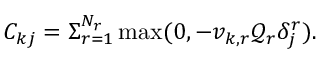
C _ { k j } = \Sigma _ { r = 1 } ^ { N _ { r } } \operatorname* { m a x } ( 0 , - v _ { k , r } \mathcal { Q } _ { r } \delta _ { j } ^ { r } ) .